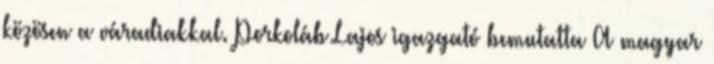
közösen a váradiakkal. Porkoláb Lajos igazgató bemutatta A magyar